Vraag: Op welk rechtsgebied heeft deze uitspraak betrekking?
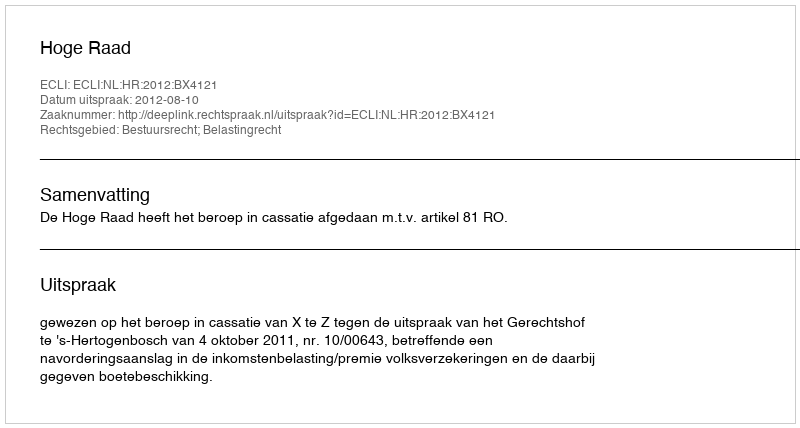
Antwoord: Bestuursrecht; Belastingrecht